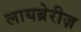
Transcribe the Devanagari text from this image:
लायब्रेरीज़